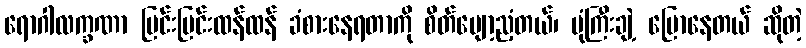
ရောဂါလက္ခဏာ ပြင်းပြင်းထန်ထန် ခံစားနေရတာကို စိတ်ပျော့ညံ့တယ်၊ ပုံကြီးချဲ့ ပြောနေတယ် ဆိုတဲ့